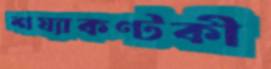
শয্যাকণ্টকী